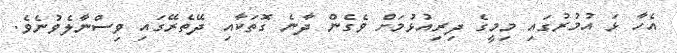
އެހާ ޅަ އުމުރުގައި މިމީގެ ދިރިއުޅުމަށް ވެގެން ދާނެ ގޮތަކާއި ދޭތެރޭގައި ވިސްނާލެވުނެވެ.